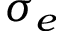
\sigma _ { e }